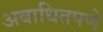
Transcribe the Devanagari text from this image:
अबाधितपणे